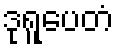
ဒုရူပေတံ